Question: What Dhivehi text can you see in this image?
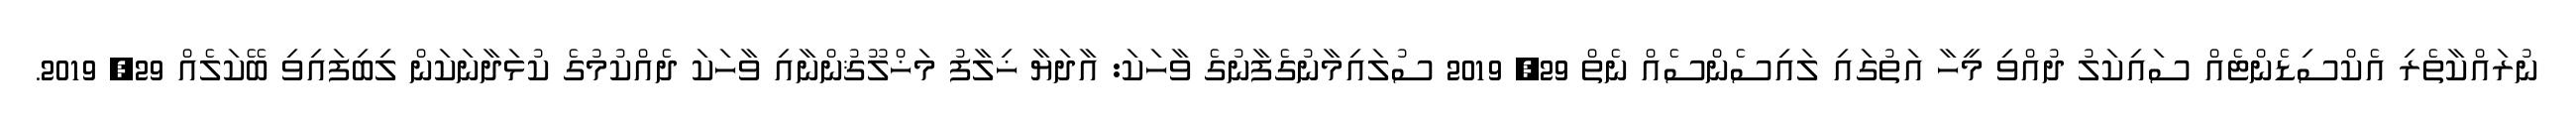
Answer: ނުރައްކާތެރި އެކްސިޑެންޓެއް ސައިކަލު ދުއްވި މީހާ އަތުގައި ލައިސެންސެއް ނެތް 29, 2019 ސުލައިމާނުގެފާނުގެ ވާހަކަ: އާދަޔާ ޚިލާފު މަޚްލޫޤުންނާއި ވާހަކަ ދެއްކުމުގެ ކުޅަދާނަކަން ލިބިފައިވި ބޭކަލެއް 29, 2019.